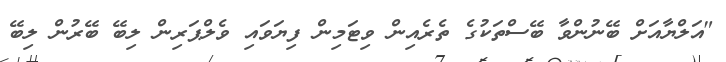
"އަލްޔާއަށް ބޭނުންވާ ބޭސްތަކުގެ ތެރެއިން ވިޓަމިން ފިޔަވައި ވެލްޕަރިން ލިބޭ ބޭރުން ލިބޭ